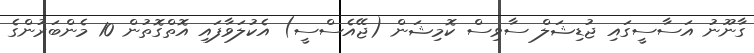
ގާނޫނު އަސާސީގައި ޖުޑިޝަލް ސާވިސް ކޮމިޝަން (ޖޭއެސްސީ) އެކުލަވާފައި އޮތްގޮތުން 10 މެންބަރުންގެ